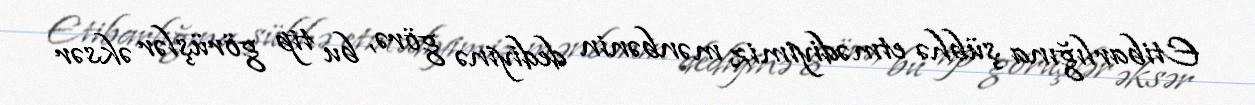
Etibarlığına şübhə etmədiyimiz mənbənin dediyinə görə, bu tip görüşlər əksər